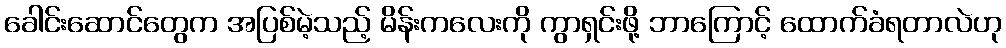
ခေါင်းဆောင်တွေက အပြစ်မဲ့သည့် မိန်းကလေးကို ကွာရှင်းဖို့ ဘာကြောင့် ထောက်ခံရတာလဲဟု